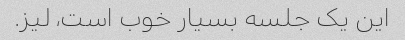
این یک جلسه بسیار خوب است، لیز.